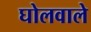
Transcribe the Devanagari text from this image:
घोलवाले